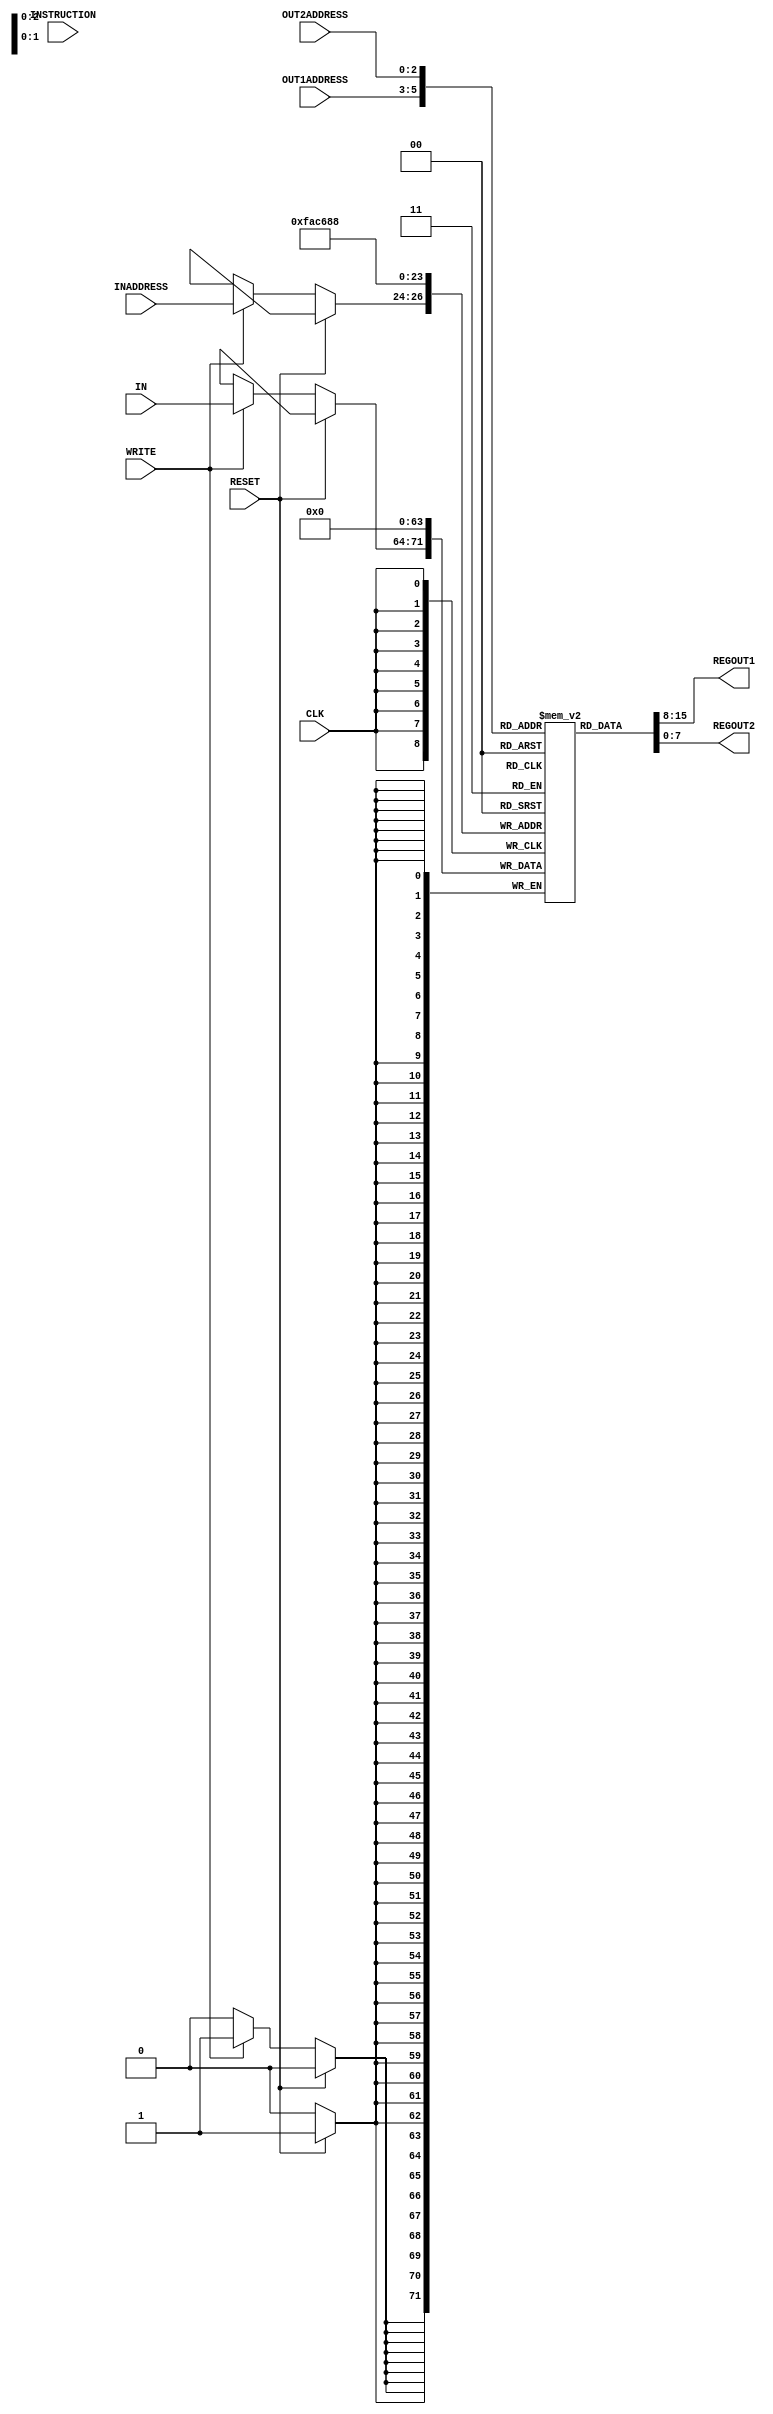
//lab 05 part 03 - Group 13

module regfile(IN,INADDRESS,OUT1ADDRESS,OUT2ADDRESS,CLK,RESET,WRITE,REGOUT1,REGOUT2,INSTRUCTION);

    input [7:0] IN;   // 8-bit input data to be written into the register
    input [2:0] INADDRESS, OUT1ADDRESS, OUT2ADDRESS;   // 3-bit input addresses for IN, OUT1, and OUT2
    input CLK, RESET, WRITE;   // Clock signal, Reset signal, Write enable signal

    output reg [7:0] REGOUT1, REGOUT2; // Output data from registers specified by OUT1ADDRESS and OUT2ADDRESS

    reg [7:0] regArray [0:7];   // 8-element array of 8-bit registers

	input [31:0] INSTRUCTION;

    integer i;  // Loop variable for iterating through the array of registers

    // Reading the OUTADDRESSES and asynchronously loading values to OUT1 and OUT2 with a delay of 2 time units
	always @(INSTRUCTION)
	begin
		 REGOUT1 <= #2 regArray[OUT1ADDRESS];		
		 REGOUT2 <= #2 regArray[OUT2ADDRESS];		
	end

	// Write and Reset (synchronous operations)
	always @ (posedge CLK)
	begin
	    // When RESET is high, clear all values of the registers to zero
		if (RESET)			
		begin
		    #1 for (i = 0; i < 8; i = i + 1)    // Iterate over all 8 register addresses with a delay of 1 time unit
			begin
				regArray[i] <= 8'b00000000;    // Reset all registers to zero
			end
		end


     	// If the WRITE signal is high, store the input data IN into the target register specified by INADDRESS
		else if (WRITE)  
		begin		
			#1
			regArray[INADDRESS] <= IN;    // Write operation with a delay of 1 time unit
			
		end
		
	end
	
endmodule